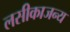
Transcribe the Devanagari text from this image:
लसीकाजन्य